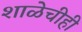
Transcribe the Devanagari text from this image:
शाळेचीही